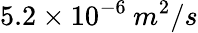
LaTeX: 5.2\times 10^{-6}\: m^{2}/s